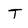
Character: T